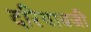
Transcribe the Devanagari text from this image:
दरियाबजी